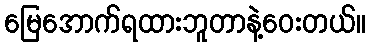
မြေအောက်ရထားဘူတာနဲ့ဝေးတယ်။